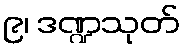
၉၊ ဒဏ္ဍသုတ်